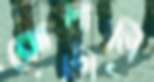
ঝোলালি